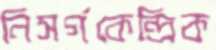
নিসর্গকেন্দ্রিক